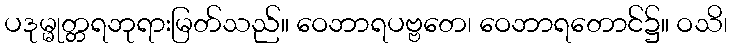
ပဒုမ္မုတ္တရဘုရားမြတ်သည်။ ဝေဘာရပဗ္ဗတေ၊ ဝေဘာရတောင်၌။ ဝသိ၊